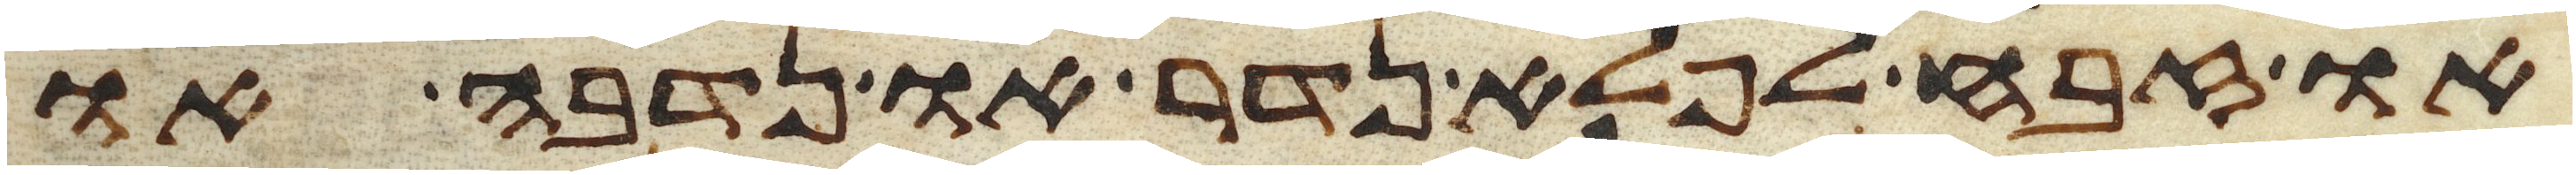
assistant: או זבח לפלא נדר או נדבה או